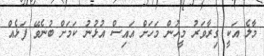
މާލެ އަކީ ގިރާވަރު މީހުން މަހަށް އައިސް އުޅުނު ކަމަށް ބުނެވޭ ފަޅެއް